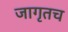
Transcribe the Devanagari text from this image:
जागृतच